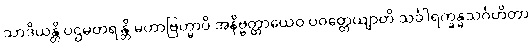
သာဒိယန္တိ ပဌမတရန္တိ မဟာဗြဟ္မာပိ အနိဗ္ဗတ္တာယေဝ ပဝတ္တေယျာတိ သင်္ခါရက္ခန္ဓသင်္ဂဟိတာ